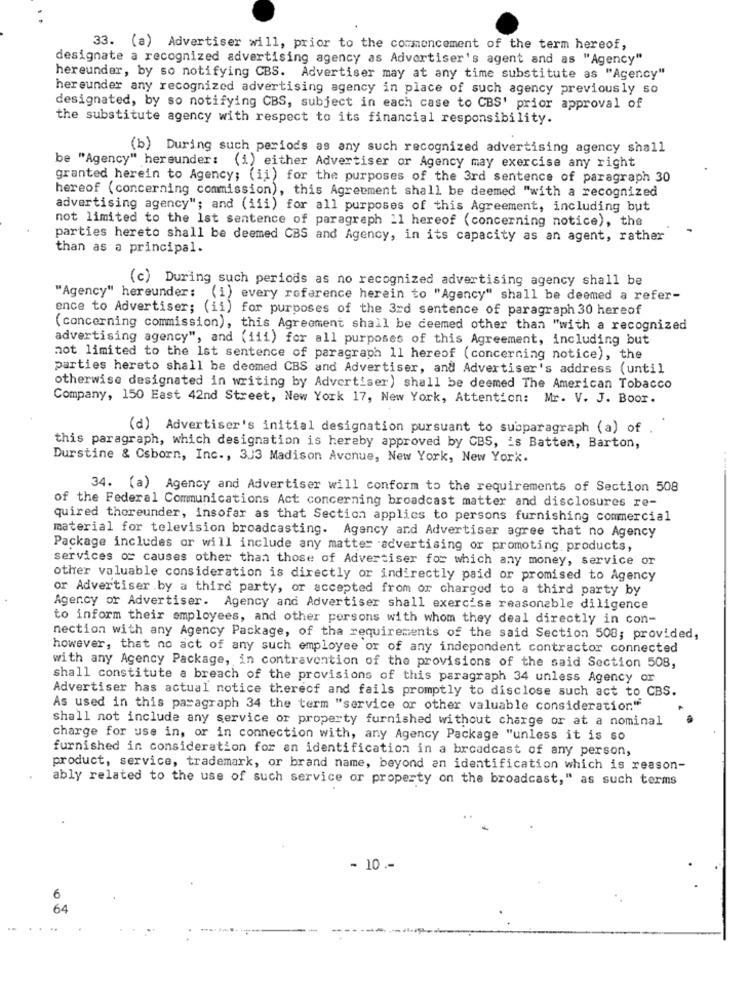
33. (a) Advertiser will, prior to the commencement of the term hereof,
designate a recognized advertising agency as Advertiser's agent and as "Agency"
hereunder, by so notifying CBS. Advertiser may at any time substitute as "Agency"
hereunder any recognized advertising agency in place of such agency previously so
designated, by so notifying CBS, subject in each case to CBS' prior approval of
the substitute agency with respect to its financial responsibility.
(b) During such periods as any such recognized advertising agency shall
be "Agency" hereunder: (i) either Advertiser or Agency may exercise any right
granted herein to Agency; (ii) for the purposes of the 3rd sentence of paragraph 30
hereof (concerning commission), this Agreement shall be deemed "with a recognized
advertising agency"; and (iii) for all purposes of this Agreement, including but
not limited to the 1st sentence of paragraph 11 hereof (concerning notice), the
parties hereto shall be deemed CBS and Agency, in its capacity as an agent, rather
than as a principal.
(c) During such periods as no recognized advertising agency shall be
"Agency" hereunder: (i) every reference herein to "Agency" shall be deemed a refer-
ence to Advertiser; (ii) for purposes of the 3rd sentence of paragraph 30 hereof
(concerning commission), this Agreement shall be deemed other than "with a recognized
advertising agency", and (iii) for all purposes of this Agreement, including but
not limited to the 1st sentence of paragraph 11 hereof (concerning notice), the
parties hereto shall be deemed CBS and Advertiser, and Advertiser's address (until
otherwise designated in writing by Advertiser) shall be deemed The American Tobacco
Company, 150 East 42nd Street, New York 17, New York, Attention: Mr. V. J. Boor.
(d) Advertiser's initial designation pursuant to subparagraph (a) of
this paragraph, which designation is hereby approved by CBS, is Batten, Barton,
Durstine & Csborn, Inc ., 3J3 Madison Avenue, New York, New York.
34. (a) Agency and Advertiser will conform to the requirements of Section 508
of the Federal Communications Act concerning broadcast matter and disclosures re-
quired thoreunder, insofar as that Section applies to persons furnishing commercial
material for television broadcasting. Agency and Advertiser agree that no Agency
Package includes or will include any matter advertising or promoting products,
services or causes other than those of Advertiser for which any money, service or
other valuable consideration is directly or indirectly paid or promised to Agency
or Advertiser by a third party, or accepted from or charged to a third party by
Agency or Advertiser. Agency and Advertiser shall exercise reasonable diligence
to inform their employees, and other persons with whom they deal directly in con-
nection with any Agency Package, of tha requirements of the said Section 508; provided,
however, that no act of any such employee or of any independent contractor connected
with any Agency Package, in contravention of the provisions of the said Section 508,
shall constitute a breach of the provisions of this paragraph 34 unless Agency or
Advertiser has actual notice thereof and fails promptly to disclose such act to CBS.
As used in this paragraph 34 the term "service or other valuable consideration"
shall not include any service or property furnished without charge or at a nominal
charge for use in, or in connection with, any Agency Package "unless it is so
furnished in consideration for an identification in a broadcast of any person,
product, service, trademark, or brand name, beyond an identification which is reason-
ably related to the use of such service or property on the broadcast," as such terms
- 10 .-
0
64